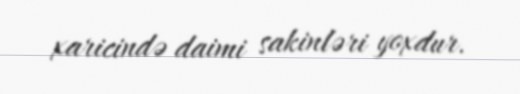
xaricində daimi sakinləri yoxdur.